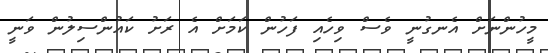
މީހުންނަށް އެނގުނީ ވެސް ވިހެއި ފަހުން ކަމަށް އެ ރަށު ކައުންސިލުން ވަނީ